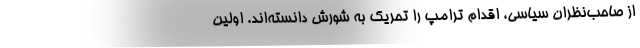
از صاحب‌نظران سیاسی، اقدام ترامپ را تحریک به شورش دانسته‌اند. اولین